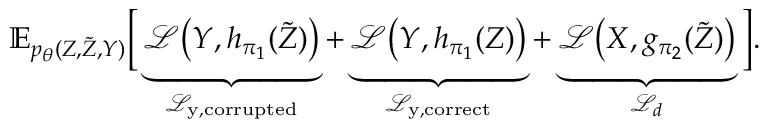
\mathbb { E } _ { p _ { \theta } ( Z , \tilde { Z } , Y ) } \bigg [ \underbrace { \mathcal { L } \big ( Y , h _ { \pi _ { 1 } } ( \tilde { Z } ) \big ) } _ { \mathcal { L } _ { \mathrm { y , c o r r u p t e d } } } + \underbrace { \mathcal { L } \big ( Y , h _ { \pi _ { 1 } } ( Z ) \big ) } _ { \mathcal { L } _ { \mathrm { y , c o r r e c t } } } + \underbrace { \mathcal { L } \big ( X , g _ { \pi _ { 2 } } ( \tilde { Z } ) \big ) } _ { \mathcal { L } _ { d } } \bigg ] .